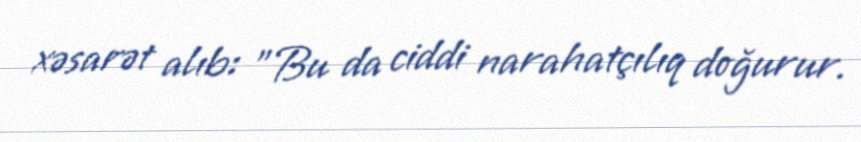
xəsarət alıb: "Bu da ciddi narahatçılıq doğurur.